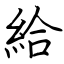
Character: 給